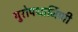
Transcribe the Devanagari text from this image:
युरोपधार्जिणी